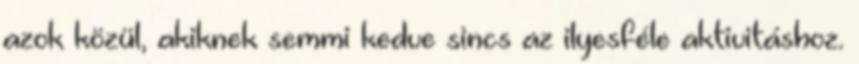
azok közül, akiknek semmi kedve sincs az ilyesféle aktivitáshoz.